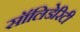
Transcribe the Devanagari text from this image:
सॉलिडेरिटी